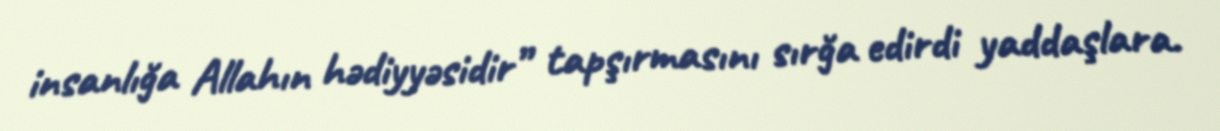
insanlığa Allahın hədiyyəsidir” tapşırmasını sırğa edirdi yaddaşlara.